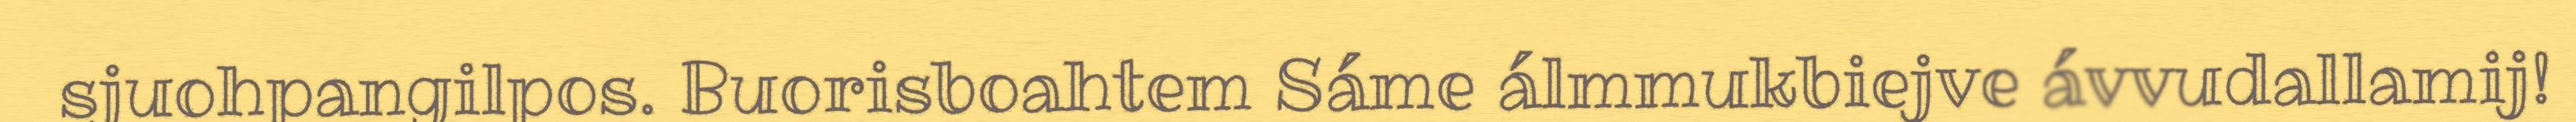
sjuohpangilpos. Buorisboahtem Sáme álmmukbiejve ávvudallamij!